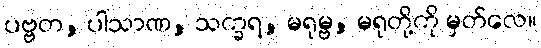
ပဗ္ဗတ, ပါသာဏ, သက္ခရ, မရုမ္ဗ, မရုတို့ကို မှတ်လေ။